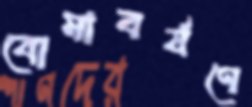
বোমাবর্ষণে